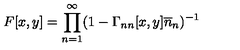
F [ x , y ] = \prod _ { n = 1 } ^ { \infty } ( 1 - \Gamma _ { n n } [ x , y ] \overline { { n } } _ { n } ) ^ { - 1 }